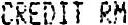
CREDIT RM